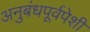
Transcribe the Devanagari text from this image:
अनुबंधपूर्वपेशी